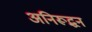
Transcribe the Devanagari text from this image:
अनिरूद्धन